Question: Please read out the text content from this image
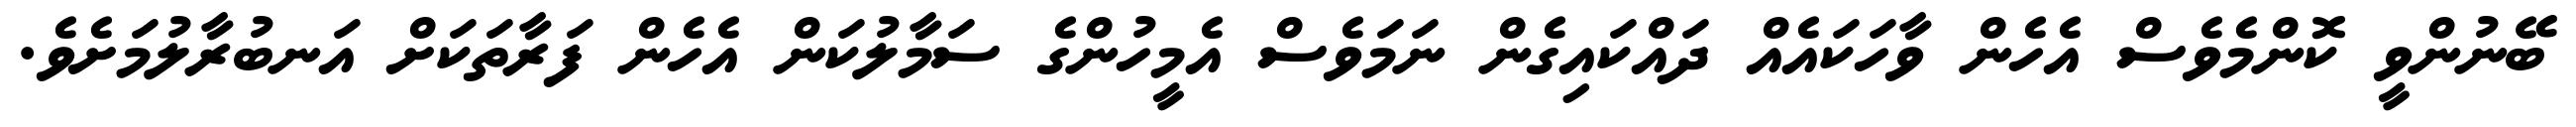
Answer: ބޭނުންވީ ކޮންމެވެސް އެހެން ވާހަކައެއް ދައްކައިގެން ނަމަވެސް އެމީހުންގެ ސަމާލުކަން އެހެން ފަރާތަކަށް އަނބުރާލުމަށެވެ.